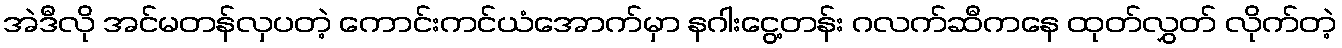
အဲဒီလို အင်မတန်လှပတဲ့ ကောင်းကင်ယံအောက်မှာ နဂါးငွေ့တန်း ဂလက်ဆီကနေ ထုတ်လွှတ် လိုက်တဲ့